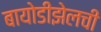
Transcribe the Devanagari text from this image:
बायोडीझेलची